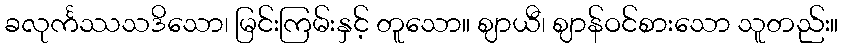
ခလုင်္ကဿသဒိသော၊ မြင်းကြမ်းနှင့် တူသော။ ဈာယီ၊ ဈာန်ဝင်စားသော သူတည်း။